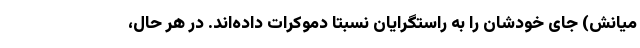
میانش) جای خودشان را به راستگرایان نسبتا دموکرات داده‌اند. در هر حال،